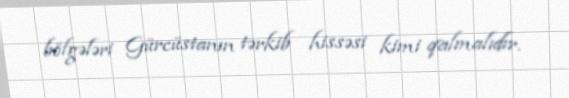
bölgələri Gürcüstanın tərkib hissəsi kimi qalmalıdır.